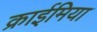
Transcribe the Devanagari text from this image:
क्राईमिया